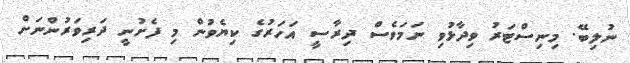
ނުލިބޭ. މިނިސްޓަރު ވިދާޅުވި ނަމަވެސް ދިރާސީ އަހަރުގެ ކިޔެވުން މި ފެށުނީ ދަރިވަރުންނަށް